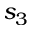
s _ { 3 }